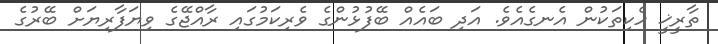
ތާރީޚީ ހެކިތަކުން އެނގެއެވެ. އަދި ބައެއް ބޭފުޅުންގެ ވެރިކަމުގައި ރާއްޖޭގެ ވިޔަފާރިޔަށް ބޭރުގެ